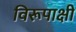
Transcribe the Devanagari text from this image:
विरूपाक्षी